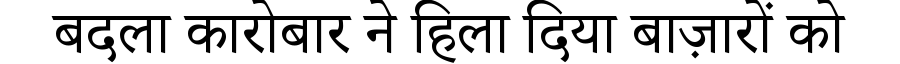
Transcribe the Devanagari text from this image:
बदला कारोबार ने हिला दिया बाज़ारों को